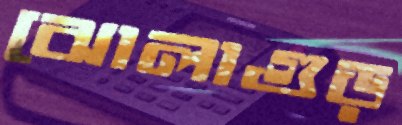
ঝোলাগুড়